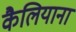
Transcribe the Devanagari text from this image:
कैलियाना